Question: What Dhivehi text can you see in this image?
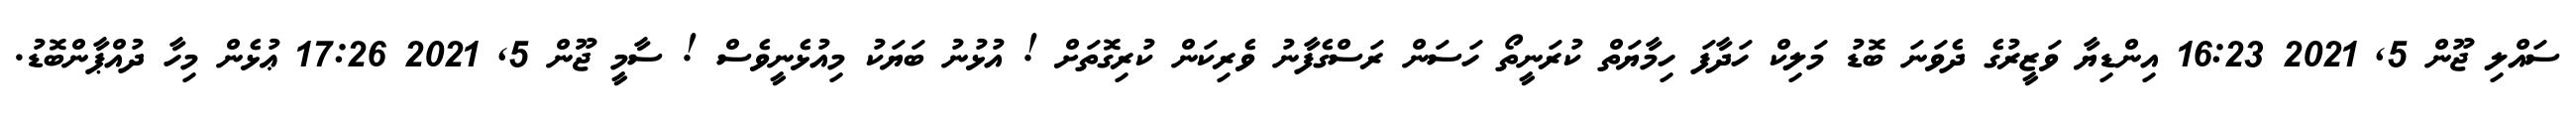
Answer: ސައްލި ޖޫން 5, 2021 16:23 އިންޑިޔާ ވަޒީރުގެ ދެވަނަ ބޮޑު މަލިކް ހަދާފަ ހިމާޔަތް ކުރަނީތޯ ހަސަން ރަސްގެފާނު ވެރިކަން ކުރިގޮތަށް ! އުޅުނު ބަޔަކު މިއުޅެނީވެސް ! ސާމީ ޖޫން 5, 2021 17:26 ޢުޅެން މިހާ ދުއްޕާންބޮޑު.